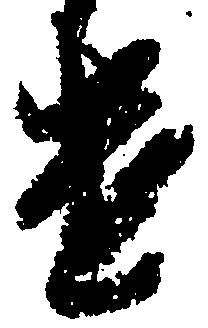
遣